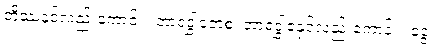
တိဿနှင့်လည်းကောင်း။ ဘာရဒွါဇောစ၊ ဘာရဒွါဇနှင့်လည်းကောင်း။ ဒွေ၊